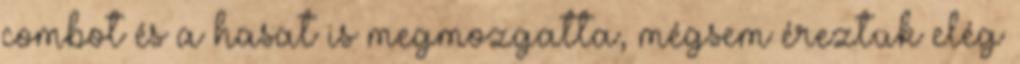
combot és a hasat is megmozgatta, mégsem éreztük elég